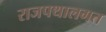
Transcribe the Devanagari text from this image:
राजपथालगत